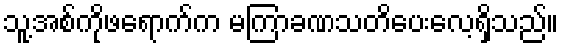
သူ့အစ်ကိုဖရောက်က မကြာခဏသတိပေးလေ့ရှိသည်။